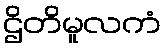
ဌိတိမူလကံ